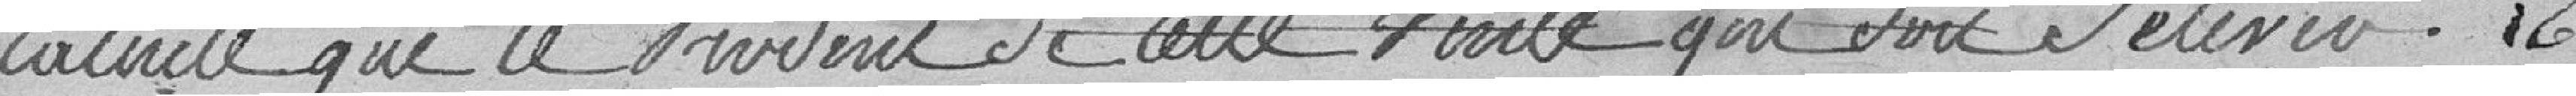
calculé que le produit de cette vente qui doit s'élever